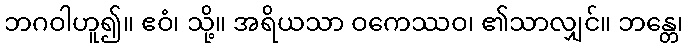
ဘဂဝါဟူ၍။ ဧဝံ၊ သို့။ အရိယသာ ဝကေဿဝ၊ ၏သာလျှင်။ ဘန္တေ၊